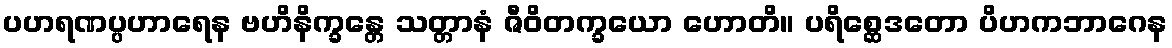
ပဟရဏပ္ပဟာရေန ဗဟိနိက္ခန္တေ သတ္တာနံ ဇီဝိတက္ခယော ဟောတိ။ ပရိစ္ဆေဒတော ပိဟကဘာဂေန